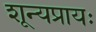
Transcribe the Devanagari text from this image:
शून्यप्रायः